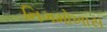
નિગમોખાસ